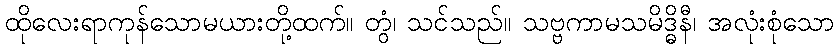
ထိုလေးရာကုန်သောမယားတို့ထက်။ တွံ၊ သင်သည်။ သဗ္ဗကာမသမိဒ္ဓိနီ၊ အလုံးစုံသော